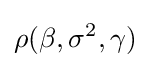
\rho (\beta ,\sigma ^{2},\gamma )